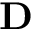
\mathbf { D }